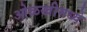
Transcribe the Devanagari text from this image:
ओळखीमध्ये